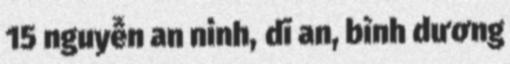
15 nguyễn an ninh, dĩ an, bình dương